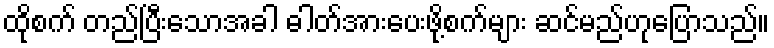
ထိုစက် တည်ပြီးသောအခါ ဓါတ်အားပေးဖို့စက်များ ဆင်မည်ဟုပြောသည်။